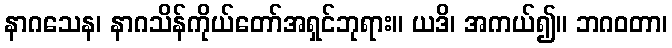
နာဂသေန၊ နာဂသိန်ကိုယ်တော်အရှင်ဘုရား။ ယဒိ၊ အကယ်၍။ ဘဂဝတာ၊